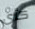
كأى